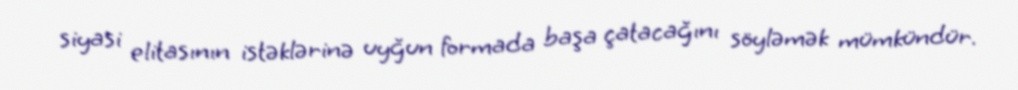
siyasi elitasının istəklərinə uyğun formada başa çatacağını söyləmək mümkündür.